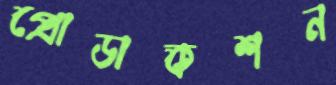
প্রোডাকশন